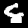
Digit: 8